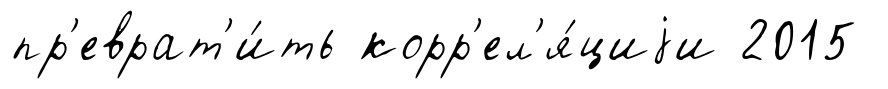
пр'еврат'и́ть корр'ел'я́циjи 2015